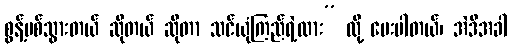
စွန့်ပစ်သွားတယ် ဆိုတယ် ဆိုတာ သင်ယုံကြည်ရဲ့လား” လို့ မေးပါတယ်၊ အဲဒီအခါ